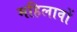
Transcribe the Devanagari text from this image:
महिलावों